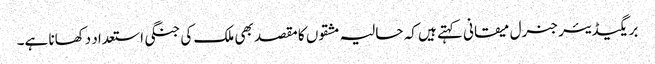
بریگیڈیئر جنرل میقانی کہتے ہیں کہ حالیہ مشقوں کا مقصد بھی ملک کی جنگی استعداد دکھانا ہے۔